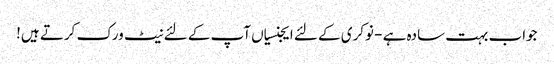
جواب بہت سادہ ہے - نوکری کے لئے ایجنسیاں آپ کے لئے نیٹ ورک کرتے ہیں!